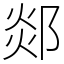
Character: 郯